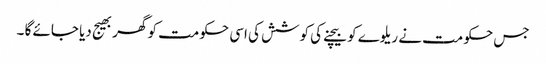
جس حکومت نے ریلوے کو بیچنے کی کوشش کی اسی حکومت کو گھر بھیج دیا جائے گا ۔